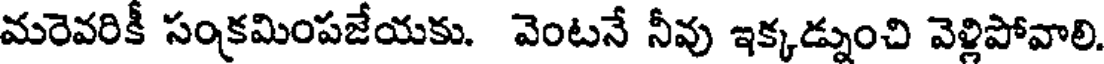
మరెవరికీ సంక్రమింపజేయకు. వెంటనే నీవు ఇక్కడ్నుంచి వెళ్లిపోవాలి.